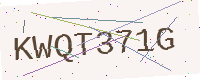
Text: KWQT371G